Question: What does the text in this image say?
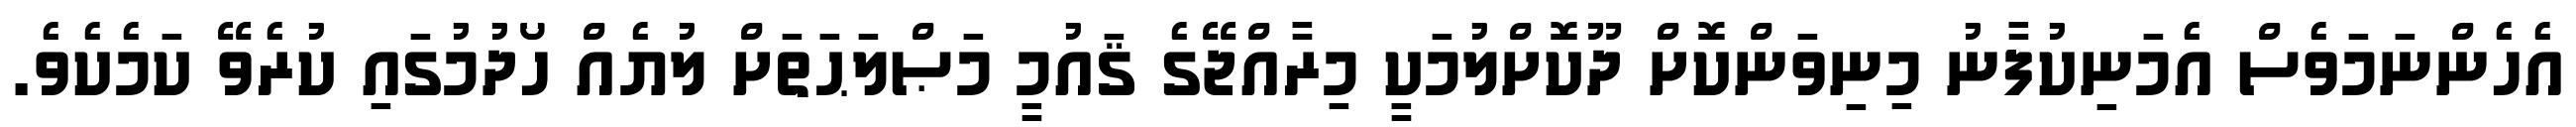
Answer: އެހެންނަމަވެސް އެމަނިކުފާނު މިނިވަންކޮށް ދޫކޮށްލުމަކީ މިރާއްޖޭގެ ޤައުމީ މަޞްލަޙަތަށް ލުޔެއް ހޯދުމުގައި ކުރެވޭ ކަމެކެވެ.